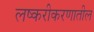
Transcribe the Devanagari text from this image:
लष्करीकरणातील